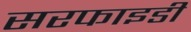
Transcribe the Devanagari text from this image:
सरफाइडी